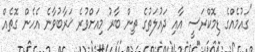
"ގައުމެއްގެ ޑިމޮކްރަސީ އާއި ދައުލަތުގެ ތިން ބާރު މިއަށްވުރެ ޚަރާބުވާނެ އެހެން ގޮތެއް